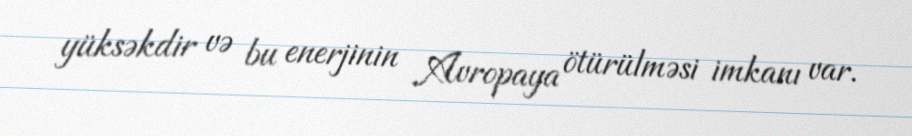
yüksəkdir və bu enerjinin Avropaya ötürülməsi imkanı var.